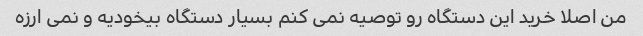
من اصلا خرید این دستگاه رو توصیه نمی کنم بسیار دستگاه بیخودیه و نمی ارزه